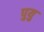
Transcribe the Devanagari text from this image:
पुयु